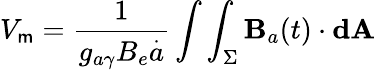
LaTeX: {V_{\mathsf{m}}=\frac{{1}}{{g_{a\gamma}B_{e}\overset{.}{a}}}\int\int_{\Sigma}\textbf{{B}}_{a}(t)\cdot\textbf{{dA}}}